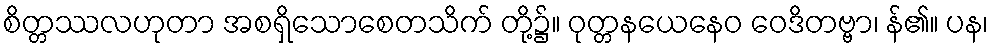
စိတ္တဿလဟုတာ အစရှိသောစေတသိက် တို့၌။ ဝုတ္တနယေနေဝ ဝေဒိတဗ္ဗာ၊ န်၏။ ပန၊